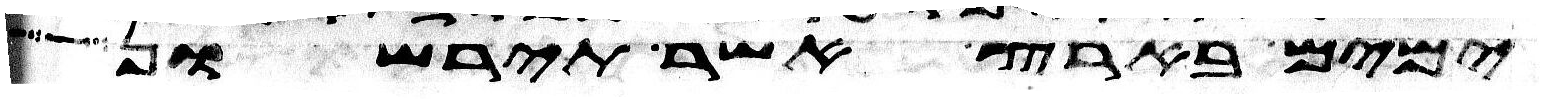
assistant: ימים בארץ אשר תירשון